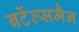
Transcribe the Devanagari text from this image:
बर्टेल्समैन